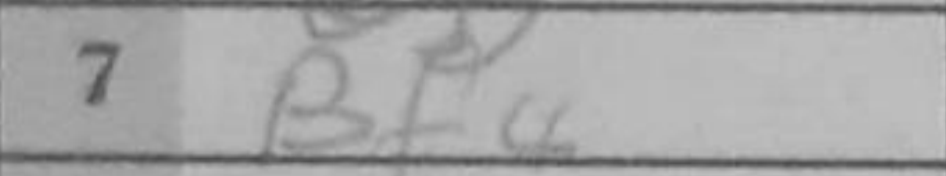
Transcription: Bf4